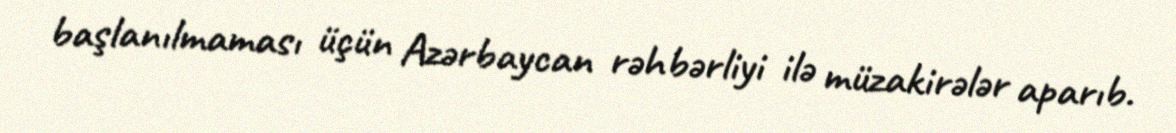
başlanılmaması üçün Azərbaycan rəhbərliyi ilə müzakirələr aparıb.